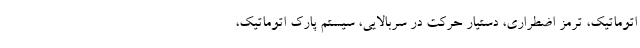
اتوماتیک، ترمز اضطراری، دستیار حرکت در سربالایی، سیستم پارک اتوماتیک،